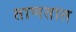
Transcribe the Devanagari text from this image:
ताणतात